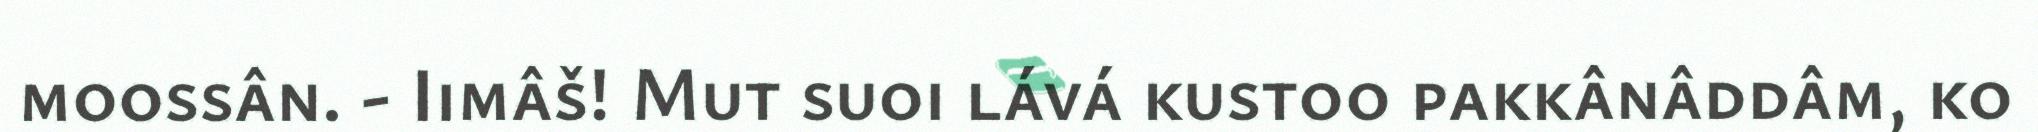
moossân. - Iimâš! Mut suoi lává kustoo pakkânâddâm, ko